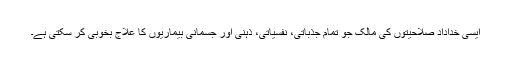
ایسی خداداد صلاحیتوں کی مالک جو تمام جذباتی، نفسیاتی، ذہنی اور جسمانی بیماریوں کا علاج بخوبی کر سکتی ہے۔